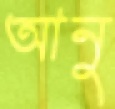
আনু